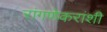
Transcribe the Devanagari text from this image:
रांगणेकरांशी